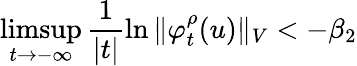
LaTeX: \operatorname*{limsup}_{t\to-\infty}\frac{1}{|t|}\ln\Vert\varphi_{t}^{\rho}(u)\Vert_{V}<-\beta_{2}